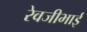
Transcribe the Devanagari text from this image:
रेवजीभाई